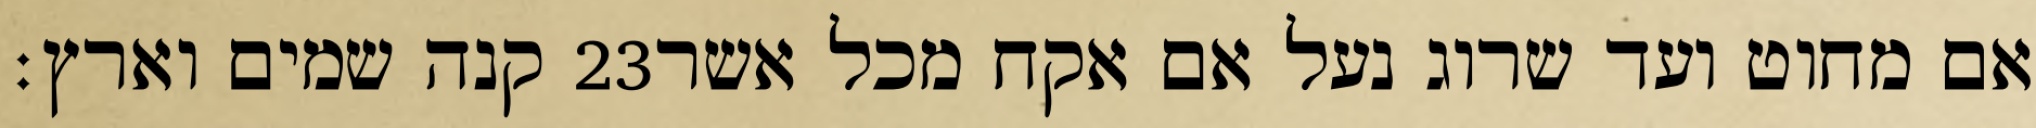
קנה שמים וארץ׃ ‎23‏ אם מחוט ועד שרוג נעל אם אקח מכל אשר